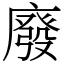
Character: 廢